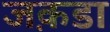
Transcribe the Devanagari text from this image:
जक़डा